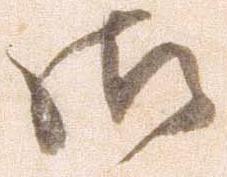
御